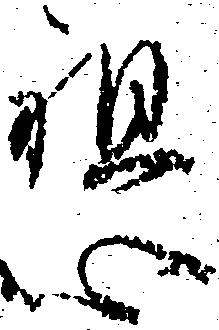
懇